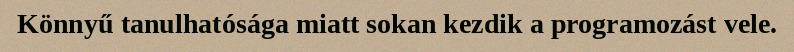
Könnyű tanulhatósága miatt sokan kezdik a programozást vele.